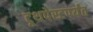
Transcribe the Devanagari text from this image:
टूथपेस्टपर्यंत